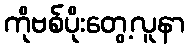
ကိုဗစ်ပိုးတွေ့လူနာ